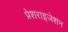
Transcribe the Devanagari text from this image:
प्रेशराइजेशन